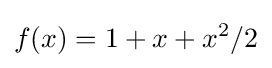
f(x)=1+x+x^{2}/2